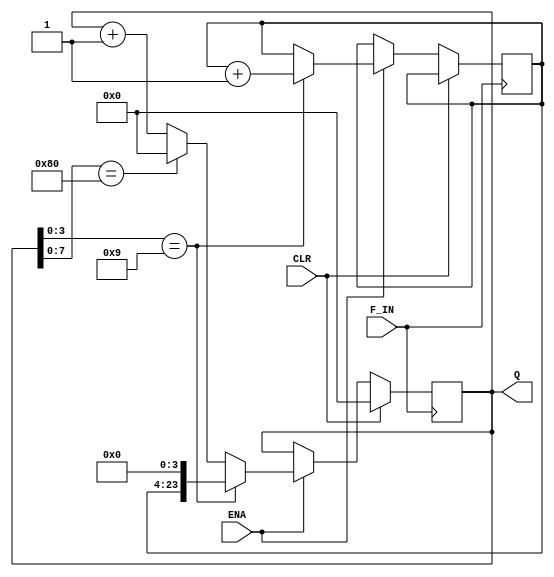
 module counter6bit_test(ENA,CLR,F_IN,Q);
    input ENA;
    input CLR;
    input F_IN;
    output [23:0] Q;  
    
   
    reg [23:0] Q;
    reg [19:0] temp_bcd=1;
    reg F_OUT;
    


		

    always @(posedge F_IN)
    begin
    if(CLR == 1) Q<=0;
    else
    begin
    if(ENA==1)
    begin
    if(Q[3:0]==4'b1001)
    begin
    temp_bcd<=temp_bcd+1;
    Q<={temp_bcd,4'b0000};
    end
    else if(Q[7:0]==8'b10000000) Q<=0;
    else Q=Q+1;
    end
    end
		


  end
  endmodule